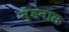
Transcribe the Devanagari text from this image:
मुंडनास